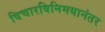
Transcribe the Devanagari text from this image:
विचारविनिमयानंतर